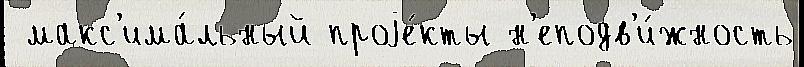
 макс'има́льный проjе́кты н'еподв'и́жность